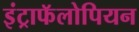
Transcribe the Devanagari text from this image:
इंट्राफॅलोपियन